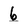
Character: 6